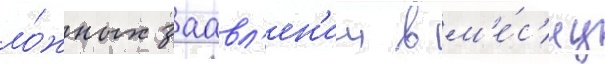
ло́жных заавл'ен'ии в м'е́с'яц